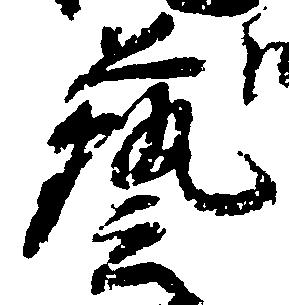
芸